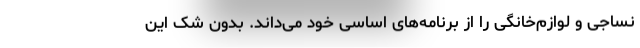
نساجی و لوازم‌خانگی را از برنامه‌های اساسی خود می‌داند. بدون شک این